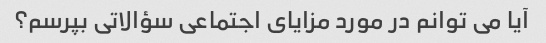
آیا می توانم در مورد مزایای اجتماعی سؤالاتی بپرسم؟